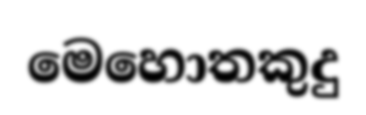
මෙහොතකුදු